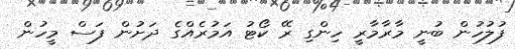
ފުލުހުން ބުނީ މާރާމާރީ ހިންގި ރޭ ކޯޓު އަމުރެއްގެ ދަށުން ފަސް މީހުން